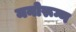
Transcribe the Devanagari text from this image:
मनोरूग्ण